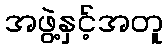
အဖွဲ့နှင့်အတူ